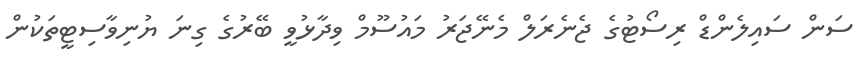
ސަން ސައިލެންޑް ރިސޯޓުގެ ޖެނެރަލް މެނޭޖަރު މައުސޫމް ވިދާޅުވީ ބޭރުގެ ގިނަ ޔުނިވާސިޓީތަކުން